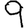
Digit: 9